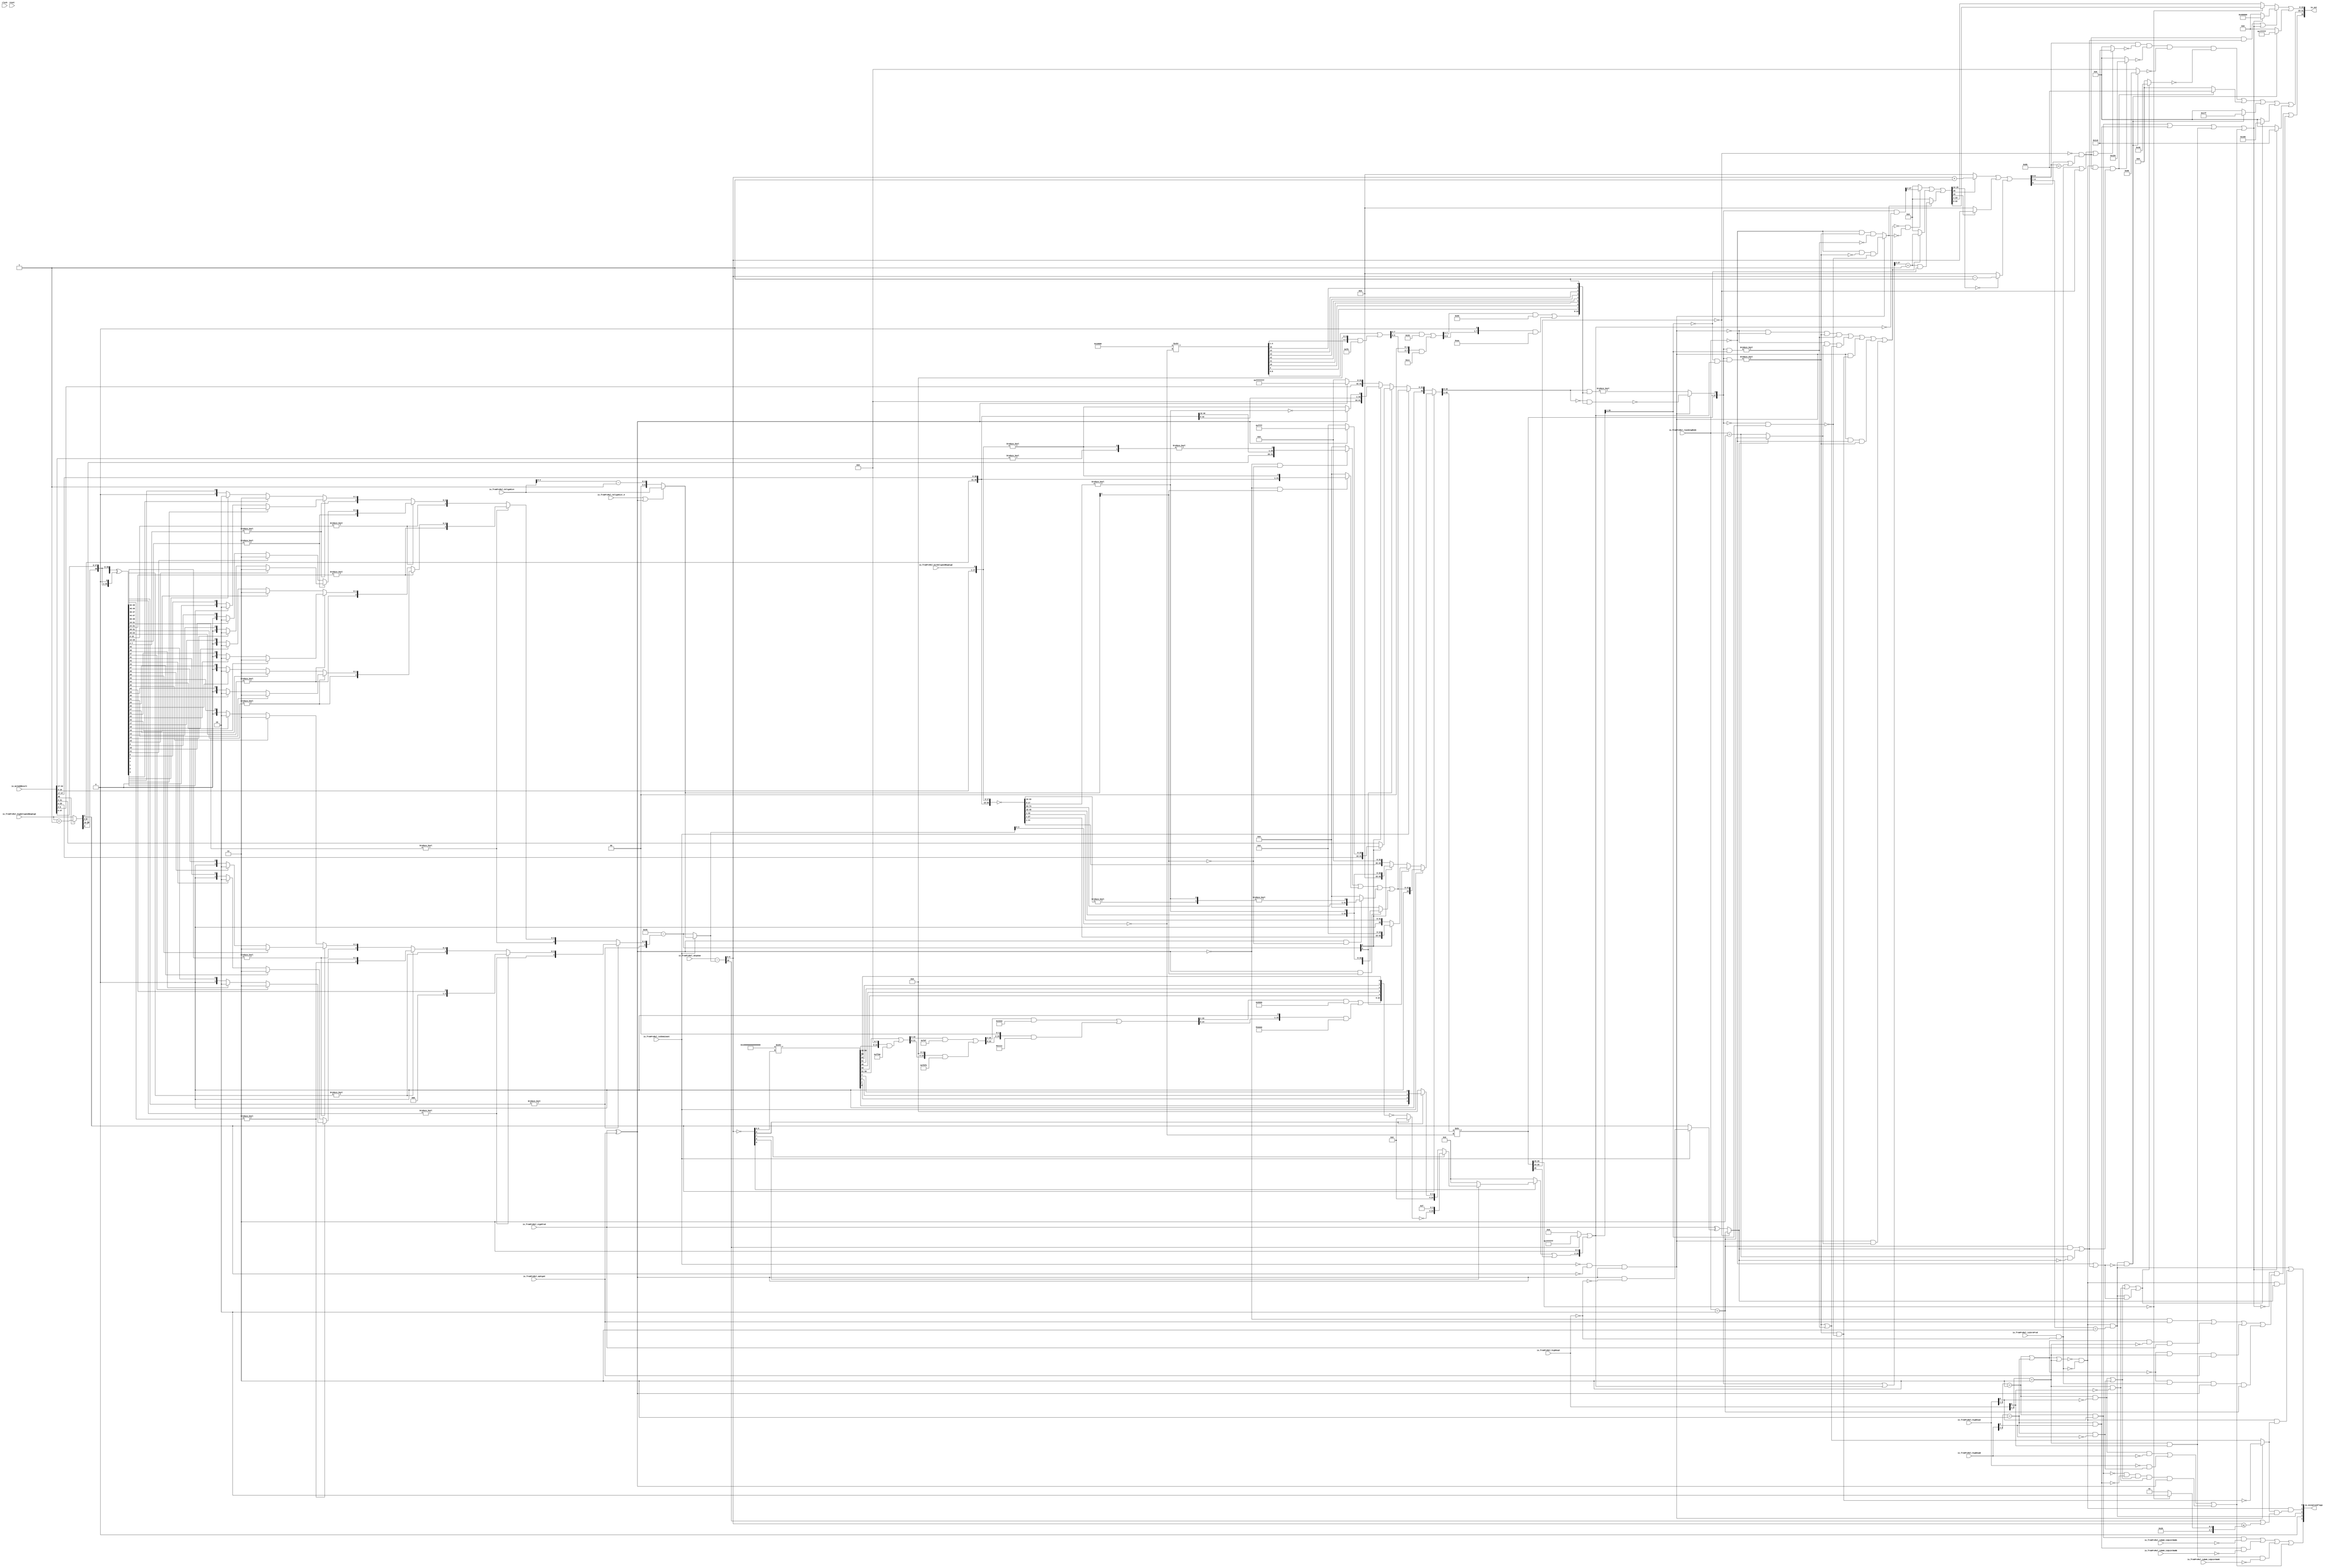
module MulAddRecFN_postMul_3(
  input   clock,
  input   reset,
  input  [2:0] io_fromPreMul_highExpA,
  input   io_fromPreMul_isNaN_isQuietNaNA,
  input  [2:0] io_fromPreMul_highExpB,
  input   io_fromPreMul_isNaN_isQuietNaNB,
  input   io_fromPreMul_signProd,
  input   io_fromPreMul_isZeroProd,
  input   io_fromPreMul_opSignC,
  input  [2:0] io_fromPreMul_highExpC,
  input   io_fromPreMul_isNaN_isQuietNaNC,
  input   io_fromPreMul_isCDominant,
  input   io_fromPreMul_CAlignDist_0,
  input  [6:0] io_fromPreMul_CAlignDist,
  input   io_fromPreMul_bit0AlignedNegSigC,
  input  [25:0] io_fromPreMul_highAlignedNegSigC,
  input  [10:0] io_fromPreMul_sExpSum,
  input  [1:0] io_fromPreMul_roundingMode,
  input  [48:0] io_mulAddResult,
  output [32:0] io_out,
  output [4:0] io_exceptionFlags
);
  wire  isZeroA;
  wire [1:0] _T_43;
  wire  isSpecialA;
  wire  _T_45;
  wire  _T_47;
  wire  isInfA;
  wire  isNaNA;
  wire  _T_50;
  wire  isSigNaNA;
  wire  isZeroB;
  wire [1:0] _T_52;
  wire  isSpecialB;
  wire  _T_54;
  wire  _T_56;
  wire  isInfB;
  wire  isNaNB;
  wire  _T_59;
  wire  isSigNaNB;
  wire  isZeroC;
  wire [1:0] _T_61;
  wire  isSpecialC;
  wire  _T_63;
  wire  _T_65;
  wire  isInfC;
  wire  isNaNC;
  wire  _T_68;
  wire  isSigNaNC;
  wire  roundingMode_nearest_even;
  wire  roundingMode_min;
  wire  roundingMode_max;
  wire  doSubMags;
  wire  _T_71;
  wire [26:0] _T_73;
  wire [25:0] _T_74;
  wire [25:0] _T_75;
  wire [47:0] _T_76;
  wire [73:0] _T_77;
  wire [74:0] sigSum;
  wire [49:0] _T_79;
  wire [50:0] _GEN_0;
  wire [50:0] _T_82;
  wire [50:0] _T_83;
  wire [49:0] _T_85;
  wire [17:0] _T_86;
  wire [31:0] _T_87;
  wire  _T_89;
  wire [1:0] _T_90;
  wire [15:0] _T_91;
  wire  _T_93;
  wire  _T_94;
  wire [7:0] _T_95;
  wire [7:0] _T_96;
  wire  _T_98;
  wire [3:0] _T_99;
  wire [3:0] _T_100;
  wire  _T_102;
  wire  _T_103;
  wire  _T_105;
  wire  _T_107;
  wire [1:0] _T_109;
  wire [1:0] _T_110;
  wire  _T_111;
  wire  _T_113;
  wire  _T_115;
  wire [1:0] _T_117;
  wire [1:0] _T_118;
  wire [1:0] _T_119;
  wire [2:0] _T_120;
  wire [3:0] _T_121;
  wire [3:0] _T_122;
  wire  _T_124;
  wire  _T_125;
  wire  _T_127;
  wire  _T_129;
  wire [1:0] _T_131;
  wire [1:0] _T_132;
  wire  _T_133;
  wire  _T_135;
  wire  _T_137;
  wire [1:0] _T_139;
  wire [1:0] _T_140;
  wire [1:0] _T_141;
  wire [2:0] _T_142;
  wire [2:0] _T_143;
  wire [3:0] _T_144;
  wire [3:0] _T_146;
  wire [4:0] _T_147;
  wire [15:0] _T_148;
  wire [15:0] _T_149;
  wire  _T_151;
  wire [7:0] _T_152;
  wire [7:0] _T_153;
  wire  _T_155;
  wire [3:0] _T_156;
  wire [3:0] _T_157;
  wire  _T_159;
  wire  _T_160;
  wire  _T_162;
  wire  _T_164;
  wire [1:0] _T_166;
  wire [1:0] _T_167;
  wire  _T_168;
  wire  _T_170;
  wire  _T_172;
  wire [1:0] _T_174;
  wire [1:0] _T_175;
  wire [1:0] _T_176;
  wire [2:0] _T_177;
  wire [3:0] _T_178;
  wire [3:0] _T_179;
  wire  _T_181;
  wire  _T_182;
  wire  _T_184;
  wire  _T_186;
  wire [1:0] _T_188;
  wire [1:0] _T_189;
  wire  _T_190;
  wire  _T_192;
  wire  _T_194;
  wire [1:0] _T_196;
  wire [1:0] _T_197;
  wire [1:0] _T_198;
  wire [2:0] _T_199;
  wire [2:0] _T_200;
  wire [3:0] _T_201;
  wire [7:0] _T_202;
  wire [7:0] _T_203;
  wire  _T_205;
  wire [3:0] _T_206;
  wire [3:0] _T_207;
  wire  _T_209;
  wire  _T_210;
  wire  _T_212;
  wire  _T_214;
  wire [1:0] _T_216;
  wire [1:0] _T_217;
  wire  _T_218;
  wire  _T_220;
  wire  _T_222;
  wire [1:0] _T_224;
  wire [1:0] _T_225;
  wire [1:0] _T_226;
  wire [2:0] _T_227;
  wire [3:0] _T_228;
  wire [3:0] _T_229;
  wire  _T_231;
  wire  _T_232;
  wire  _T_234;
  wire  _T_236;
  wire [1:0] _T_238;
  wire [1:0] _T_239;
  wire  _T_240;
  wire  _T_242;
  wire  _T_244;
  wire [1:0] _T_246;
  wire [1:0] _T_247;
  wire [1:0] _T_248;
  wire [2:0] _T_249;
  wire [2:0] _T_250;
  wire [3:0] _T_251;
  wire [3:0] _T_252;
  wire [4:0] _T_253;
  wire [4:0] _T_254;
  wire [5:0] _T_255;
  wire [6:0] _GEN_2;
  wire [7:0] _T_256;
  wire [6:0] estNormNeg_dist;
  wire [15:0] _T_257;
  wire  _T_259;
  wire [17:0] _T_260;
  wire  _T_262;
  wire [1:0] firstReduceSigSum;
  wire [74:0] complSigSum;
  wire [15:0] _T_263;
  wire  _T_265;
  wire [17:0] _T_266;
  wire  _T_268;
  wire [1:0] firstReduceComplSigSum;
  wire  _T_269;
  wire [7:0] _T_271;
  wire [6:0] _T_272;
  wire [4:0] _T_273;
  wire [6:0] CDom_estNormDist;
  wire  _T_275;
  wire  _T_276;
  wire  _T_278;
  wire  _T_279;
  wire [40:0] _T_280;
  wire  _T_282;
  wire [41:0] _T_283;
  wire [41:0] _T_285;
  wire  _T_289;
  wire [40:0] _T_290;
  wire  _T_291;
  wire [41:0] _T_292;
  wire [41:0] _T_294;
  wire [41:0] _T_295;
  wire  _T_299;
  wire [40:0] _T_300;
  wire  _T_302;
  wire [41:0] _T_303;
  wire [41:0] _T_305;
  wire [41:0] _T_306;
  wire  _T_308;
  wire [40:0] _T_309;
  wire  _T_310;
  wire [41:0] _T_311;
  wire [41:0] _T_313;
  wire [41:0] CDom_firstNormAbsSigSum;
  wire [32:0] _T_314;
  wire  _T_317;
  wire  _T_319;
  wire [33:0] _T_320;
  wire [41:0] _T_321;
  wire  _T_322;
  wire  _T_323;
  wire [25:0] _T_324;
  wire [15:0] _T_328;
  wire [41:0] _T_329;
  wire [41:0] _T_330;
  wire [9:0] _T_332;
  wire [31:0] _T_336;
  wire [41:0] _T_337;
  wire [41:0] _T_338;
  wire [41:0] notCDom_pos_firstNormAbsSigSum;
  wire [31:0] _T_339;
  wire [32:0] _T_341;
  wire [41:0] _T_342;
  wire [26:0] _T_345;
  wire [42:0] _GEN_3;
  wire [42:0] _T_346;
  wire [42:0] _T_347;
  wire [10:0] _T_349;
  wire [42:0] _GEN_4;
  wire [42:0] _T_350;
  wire [42:0] _T_351;
  wire [42:0] notCDom_neg_cFirstNormAbsSigSum;
  wire  notCDom_signSigSum;
  wire  _T_353;
  wire  _T_354;
  wire  doNegSignSum;
  wire [6:0] estNormDist;
  wire [42:0] _T_356;
  wire [41:0] _T_357;
  wire [42:0] cFirstNormAbsSigSum;
  wire  _T_359;
  wire  _T_361;
  wire  _T_362;
  wire  doIncrSig;
  wire [3:0] estNormDist_5;
  wire [3:0] normTo2ShiftDist;
  wire [16:0] _T_364;
  wire [14:0] _T_365;
  wire [7:0] _T_366;
  wire [3:0] _T_371;
  wire [7:0] _T_372;
  wire [3:0] _T_373;
  wire [7:0] _GEN_5;
  wire [7:0] _T_374;
  wire [7:0] _T_376;
  wire [7:0] _T_377;
  wire [5:0] _T_381;
  wire [7:0] _GEN_6;
  wire [7:0] _T_382;
  wire [5:0] _T_383;
  wire [7:0] _GEN_7;
  wire [7:0] _T_384;
  wire [7:0] _T_386;
  wire [7:0] _T_387;
  wire [6:0] _T_391;
  wire [7:0] _GEN_8;
  wire [7:0] _T_392;
  wire [6:0] _T_393;
  wire [7:0] _GEN_9;
  wire [7:0] _T_394;
  wire [7:0] _T_396;
  wire [7:0] _T_397;
  wire [6:0] _T_398;
  wire [3:0] _T_399;
  wire [1:0] _T_400;
  wire  _T_401;
  wire  _T_402;
  wire [1:0] _T_403;
  wire [1:0] _T_404;
  wire  _T_405;
  wire  _T_406;
  wire [1:0] _T_407;
  wire [3:0] _T_408;
  wire [2:0] _T_409;
  wire [1:0] _T_410;
  wire  _T_411;
  wire  _T_412;
  wire [1:0] _T_413;
  wire  _T_414;
  wire [2:0] _T_415;
  wire [6:0] _T_416;
  wire [14:0] _T_417;
  wire [15:0] absSigSumExtraMask;
  wire [41:0] _T_419;
  wire [41:0] _T_420;
  wire [15:0] _T_421;
  wire [15:0] _T_422;
  wire [15:0] _T_423;
  wire  _T_425;
  wire [15:0] _T_427;
  wire  _T_429;
  wire  _T_430;
  wire [42:0] _T_431;
  wire [27:0] sigX3;
  wire [1:0] _T_432;
  wire  sigX3Shift1;
  wire [10:0] _GEN_10;
  wire [11:0] _T_434;
  wire [10:0] sExpX3;
  wire [2:0] _T_435;
  wire  isZeroY;
  wire  _T_437;
  wire  signY;
  wire [9:0] sExpX3_13;
  wire  _T_438;
  wire [26:0] _T_442;
  wire [9:0] _T_443;
  wire  _T_444;
  wire [8:0] _T_445;
  wire  _T_446;
  wire [7:0] _T_447;
  wire  _T_448;
  wire [6:0] _T_449;
  wire  _T_450;
  wire [5:0] _T_451;
  wire [64:0] _T_454;
  wire [20:0] _T_455;
  wire [15:0] _T_456;
  wire [7:0] _T_461;
  wire [15:0] _T_462;
  wire [7:0] _T_463;
  wire [15:0] _GEN_11;
  wire [15:0] _T_464;
  wire [15:0] _T_466;
  wire [15:0] _T_467;
  wire [11:0] _T_471;
  wire [15:0] _GEN_12;
  wire [15:0] _T_472;
  wire [11:0] _T_473;
  wire [15:0] _GEN_13;
  wire [15:0] _T_474;
  wire [15:0] _T_476;
  wire [15:0] _T_477;
  wire [13:0] _T_481;
  wire [15:0] _GEN_14;
  wire [15:0] _T_482;
  wire [13:0] _T_483;
  wire [15:0] _GEN_15;
  wire [15:0] _T_484;
  wire [15:0] _T_486;
  wire [15:0] _T_487;
  wire [14:0] _T_491;
  wire [15:0] _GEN_16;
  wire [15:0] _T_492;
  wire [14:0] _T_493;
  wire [15:0] _GEN_17;
  wire [15:0] _T_494;
  wire [15:0] _T_496;
  wire [15:0] _T_497;
  wire [4:0] _T_498;
  wire [3:0] _T_499;
  wire [1:0] _T_500;
  wire  _T_501;
  wire  _T_502;
  wire [1:0] _T_503;
  wire [1:0] _T_504;
  wire  _T_505;
  wire  _T_506;
  wire [1:0] _T_507;
  wire [3:0] _T_508;
  wire  _T_509;
  wire [4:0] _T_510;
  wire [20:0] _T_511;
  wire [20:0] _T_512;
  wire [20:0] _T_513;
  wire [20:0] _T_514;
  wire [24:0] _T_516;
  wire [3:0] _T_521;
  wire [1:0] _T_522;
  wire  _T_523;
  wire  _T_524;
  wire [1:0] _T_525;
  wire [1:0] _T_526;
  wire  _T_527;
  wire  _T_528;
  wire [1:0] _T_529;
  wire [3:0] _T_530;
  wire [3:0] _T_532;
  wire [24:0] _T_533;
  wire [24:0] _T_535;
  wire [24:0] _T_537;
  wire  _T_538;
  wire [24:0] _GEN_18;
  wire [24:0] _T_539;
  wire [26:0] _T_541;
  wire [26:0] roundMask;
  wire [25:0] _T_542;
  wire [25:0] _T_543;
  wire [26:0] _GEN_19;
  wire [26:0] roundPosMask;
  wire [27:0] _GEN_20;
  wire [27:0] _T_544;
  wire  roundPosBit;
  wire [27:0] _GEN_21;
  wire [27:0] _T_547;
  wire  anyRoundExtra;
  wire [27:0] _T_549;
  wire [27:0] _T_551;
  wire  allRoundExtra;
  wire  anyRound;
  wire  allRound;
  wire  roundDirectUp;
  wire  _T_554;
  wire  _T_555;
  wire  _T_556;
  wire  _T_557;
  wire  _T_560;
  wire  _T_561;
  wire  _T_562;
  wire  _T_563;
  wire  _T_564;
  wire  _T_565;
  wire  _T_566;
  wire  _T_567;
  wire  _T_568;
  wire  roundUp;
  wire  _T_572;
  wire  _T_573;
  wire  _T_574;
  wire  _T_575;
  wire  _T_577;
  wire  _T_578;
  wire  roundEven;
  wire  _T_580;
  wire  inexactY;
  wire [27:0] _GEN_23;
  wire [27:0] _T_581;
  wire [25:0] _T_582;
  wire [26:0] _T_584;
  wire [25:0] _T_585;
  wire  _T_587;
  wire  _T_589;
  wire  _T_590;
  wire [26:0] _T_591;
  wire [27:0] _GEN_24;
  wire [27:0] _T_592;
  wire [25:0] _T_593;
  wire [25:0] _T_595;
  wire [25:0] _T_597;
  wire [25:0] _T_598;
  wire [25:0] _T_601;
  wire [25:0] _T_603;
  wire [25:0] sigY3;
  wire  _T_604;
  wire [11:0] _T_606;
  wire [10:0] _T_607;
  wire [10:0] _T_609;
  wire  _T_610;
  wire [10:0] _T_612;
  wire [10:0] _T_613;
  wire [1:0] _T_614;
  wire  _T_616;
  wire [11:0] _T_618;
  wire [10:0] _T_619;
  wire [10:0] _T_621;
  wire [10:0] sExpY;
  wire [8:0] expY;
  wire [22:0] _T_622;
  wire [22:0] _T_623;
  wire [22:0] fractY;
  wire [2:0] _T_624;
  wire  overflowY;
  wire  _T_627;
  wire  _T_628;
  wire  _T_631;
  wire  _T_632;
  wire  totalUnderflowY;
  wire [7:0] _T_636;
  wire [9:0] _GEN_25;
  wire  _T_637;
  wire  _T_638;
  wire  underflowY;
  wire  _T_639;
  wire  _T_641;
  wire  _T_642;
  wire  roundMagUp;
  wire  overflowY_roundMagUp;
  wire  mulSpecial;
  wire  addSpecial;
  wire  notSpecial_addZeros;
  wire  _T_644;
  wire  _T_646;
  wire  commonCase;
  wire  _T_647;
  wire  _T_648;
  wire  _T_649;
  wire  _T_651;
  wire  _T_653;
  wire  _T_654;
  wire  _T_655;
  wire  _T_656;
  wire  _T_657;
  wire  _T_658;
  wire  notSigNaN_invalid;
  wire  _T_659;
  wire  _T_660;
  wire  invalid;
  wire  overflow;
  wire  underflow;
  wire  _T_661;
  wire  inexact;
  wire  _T_662;
  wire  notSpecial_isZeroOut;
  wire  _T_663;
  wire  pegMinFiniteMagOut;
  wire  _T_665;
  wire  pegMaxFiniteMagOut;
  wire  _T_667;
  wire  _T_668;
  wire  notNaN_isInfOut;
  wire  _T_669;
  wire  _T_670;
  wire  isNaNOut;
  wire  _T_673;
  wire  _T_675;
  wire  _T_676;
  wire  _T_677;
  wire  _T_678;
  wire  _T_680;
  wire  _T_681;
  wire  _T_682;
  wire  _T_683;
  wire  _T_686;
  wire  _T_687;
  wire  _T_688;
  wire  uncommonCaseSignOut;
  wire  _T_690;
  wire  _T_691;
  wire  _T_692;
  wire  signOut;
  wire [8:0] _T_695;
  wire [8:0] _T_696;
  wire [8:0] _T_697;
  wire [8:0] _T_701;
  wire [8:0] _T_702;
  wire [8:0] _T_703;
  wire [8:0] _T_706;
  wire [8:0] _T_707;
  wire [8:0] _T_708;
  wire [8:0] _T_711;
  wire [8:0] _T_712;
  wire [8:0] _T_713;
  wire [8:0] _T_716;
  wire [8:0] _T_717;
  wire [8:0] _T_720;
  wire [8:0] _T_721;
  wire [8:0] _T_724;
  wire [8:0] _T_725;
  wire [8:0] _T_728;
  wire [8:0] expOut;
  wire  _T_729;
  wire  _T_730;
  wire [22:0] _T_734;
  wire [22:0] _T_735;
  wire [22:0] _T_739;
  wire [22:0] fractOut;
  wire [9:0] _T_740;
  wire [32:0] _T_741;
  wire [1:0] _T_743;
  wire [1:0] _T_744;
  wire [2:0] _T_745;
  wire [4:0] _T_746;
  assign io_out = _T_741;
  assign io_exceptionFlags = _T_746;
  assign isZeroA = io_fromPreMul_highExpA == 3'h0;
  assign _T_43 = io_fromPreMul_highExpA[2:1];
  assign isSpecialA = _T_43 == 2'h3;
  assign _T_45 = io_fromPreMul_highExpA[0];
  assign _T_47 = _T_45 == 1'h0;
  assign isInfA = isSpecialA & _T_47;
  assign isNaNA = isSpecialA & _T_45;
  assign _T_50 = io_fromPreMul_isNaN_isQuietNaNA == 1'h0;
  assign isSigNaNA = isNaNA & _T_50;
  assign isZeroB = io_fromPreMul_highExpB == 3'h0;
  assign _T_52 = io_fromPreMul_highExpB[2:1];
  assign isSpecialB = _T_52 == 2'h3;
  assign _T_54 = io_fromPreMul_highExpB[0];
  assign _T_56 = _T_54 == 1'h0;
  assign isInfB = isSpecialB & _T_56;
  assign isNaNB = isSpecialB & _T_54;
  assign _T_59 = io_fromPreMul_isNaN_isQuietNaNB == 1'h0;
  assign isSigNaNB = isNaNB & _T_59;
  assign isZeroC = io_fromPreMul_highExpC == 3'h0;
  assign _T_61 = io_fromPreMul_highExpC[2:1];
  assign isSpecialC = _T_61 == 2'h3;
  assign _T_63 = io_fromPreMul_highExpC[0];
  assign _T_65 = _T_63 == 1'h0;
  assign isInfC = isSpecialC & _T_65;
  assign isNaNC = isSpecialC & _T_63;
  assign _T_68 = io_fromPreMul_isNaN_isQuietNaNC == 1'h0;
  assign isSigNaNC = isNaNC & _T_68;
  assign roundingMode_nearest_even = io_fromPreMul_roundingMode == 2'h0;
  assign roundingMode_min = io_fromPreMul_roundingMode == 2'h2;
  assign roundingMode_max = io_fromPreMul_roundingMode == 2'h3;
  assign doSubMags = io_fromPreMul_signProd ^ io_fromPreMul_opSignC;
  assign _T_71 = io_mulAddResult[48];
  assign _T_73 = io_fromPreMul_highAlignedNegSigC + 26'h1;
  assign _T_74 = _T_73[25:0];
  assign _T_75 = _T_71 ? _T_74 : io_fromPreMul_highAlignedNegSigC;
  assign _T_76 = io_mulAddResult[47:0];
  assign _T_77 = {_T_75,_T_76};
  assign sigSum = {_T_77,io_fromPreMul_bit0AlignedNegSigC};
  assign _T_79 = sigSum[50:1];
  assign _GEN_0 = {{1'd0}, _T_79};
  assign _T_82 = _GEN_0 << 1;
  assign _T_83 = _GEN_0 ^ _T_82;
  assign _T_85 = _T_83[49:0];
  assign _T_86 = _T_85[49:32];
  assign _T_87 = _T_85[31:0];
  assign _T_89 = _T_86 != 18'h0;
  assign _T_90 = _T_86[17:16];
  assign _T_91 = _T_86[15:0];
  assign _T_93 = _T_90 != 2'h0;
  assign _T_94 = _T_90[1];
  assign _T_95 = _T_91[15:8];
  assign _T_96 = _T_91[7:0];
  assign _T_98 = _T_95 != 8'h0;
  assign _T_99 = _T_95[7:4];
  assign _T_100 = _T_95[3:0];
  assign _T_102 = _T_99 != 4'h0;
  assign _T_103 = _T_99[3];
  assign _T_105 = _T_99[2];
  assign _T_107 = _T_99[1];
  assign _T_109 = _T_105 ? 2'h2 : {{1'd0}, _T_107};
  assign _T_110 = _T_103 ? 2'h3 : _T_109;
  assign _T_111 = _T_100[3];
  assign _T_113 = _T_100[2];
  assign _T_115 = _T_100[1];
  assign _T_117 = _T_113 ? 2'h2 : {{1'd0}, _T_115};
  assign _T_118 = _T_111 ? 2'h3 : _T_117;
  assign _T_119 = _T_102 ? _T_110 : _T_118;
  assign _T_120 = {_T_102,_T_119};
  assign _T_121 = _T_96[7:4];
  assign _T_122 = _T_96[3:0];
  assign _T_124 = _T_121 != 4'h0;
  assign _T_125 = _T_121[3];
  assign _T_127 = _T_121[2];
  assign _T_129 = _T_121[1];
  assign _T_131 = _T_127 ? 2'h2 : {{1'd0}, _T_129};
  assign _T_132 = _T_125 ? 2'h3 : _T_131;
  assign _T_133 = _T_122[3];
  assign _T_135 = _T_122[2];
  assign _T_137 = _T_122[1];
  assign _T_139 = _T_135 ? 2'h2 : {{1'd0}, _T_137};
  assign _T_140 = _T_133 ? 2'h3 : _T_139;
  assign _T_141 = _T_124 ? _T_132 : _T_140;
  assign _T_142 = {_T_124,_T_141};
  assign _T_143 = _T_98 ? _T_120 : _T_142;
  assign _T_144 = {_T_98,_T_143};
  assign _T_146 = _T_93 ? {{3'd0}, _T_94} : _T_144;
  assign _T_147 = {_T_93,_T_146};
  assign _T_148 = _T_87[31:16];
  assign _T_149 = _T_87[15:0];
  assign _T_151 = _T_148 != 16'h0;
  assign _T_152 = _T_148[15:8];
  assign _T_153 = _T_148[7:0];
  assign _T_155 = _T_152 != 8'h0;
  assign _T_156 = _T_152[7:4];
  assign _T_157 = _T_152[3:0];
  assign _T_159 = _T_156 != 4'h0;
  assign _T_160 = _T_156[3];
  assign _T_162 = _T_156[2];
  assign _T_164 = _T_156[1];
  assign _T_166 = _T_162 ? 2'h2 : {{1'd0}, _T_164};
  assign _T_167 = _T_160 ? 2'h3 : _T_166;
  assign _T_168 = _T_157[3];
  assign _T_170 = _T_157[2];
  assign _T_172 = _T_157[1];
  assign _T_174 = _T_170 ? 2'h2 : {{1'd0}, _T_172};
  assign _T_175 = _T_168 ? 2'h3 : _T_174;
  assign _T_176 = _T_159 ? _T_167 : _T_175;
  assign _T_177 = {_T_159,_T_176};
  assign _T_178 = _T_153[7:4];
  assign _T_179 = _T_153[3:0];
  assign _T_181 = _T_178 != 4'h0;
  assign _T_182 = _T_178[3];
  assign _T_184 = _T_178[2];
  assign _T_186 = _T_178[1];
  assign _T_188 = _T_184 ? 2'h2 : {{1'd0}, _T_186};
  assign _T_189 = _T_182 ? 2'h3 : _T_188;
  assign _T_190 = _T_179[3];
  assign _T_192 = _T_179[2];
  assign _T_194 = _T_179[1];
  assign _T_196 = _T_192 ? 2'h2 : {{1'd0}, _T_194};
  assign _T_197 = _T_190 ? 2'h3 : _T_196;
  assign _T_198 = _T_181 ? _T_189 : _T_197;
  assign _T_199 = {_T_181,_T_198};
  assign _T_200 = _T_155 ? _T_177 : _T_199;
  assign _T_201 = {_T_155,_T_200};
  assign _T_202 = _T_149[15:8];
  assign _T_203 = _T_149[7:0];
  assign _T_205 = _T_202 != 8'h0;
  assign _T_206 = _T_202[7:4];
  assign _T_207 = _T_202[3:0];
  assign _T_209 = _T_206 != 4'h0;
  assign _T_210 = _T_206[3];
  assign _T_212 = _T_206[2];
  assign _T_214 = _T_206[1];
  assign _T_216 = _T_212 ? 2'h2 : {{1'd0}, _T_214};
  assign _T_217 = _T_210 ? 2'h3 : _T_216;
  assign _T_218 = _T_207[3];
  assign _T_220 = _T_207[2];
  assign _T_222 = _T_207[1];
  assign _T_224 = _T_220 ? 2'h2 : {{1'd0}, _T_222};
  assign _T_225 = _T_218 ? 2'h3 : _T_224;
  assign _T_226 = _T_209 ? _T_217 : _T_225;
  assign _T_227 = {_T_209,_T_226};
  assign _T_228 = _T_203[7:4];
  assign _T_229 = _T_203[3:0];
  assign _T_231 = _T_228 != 4'h0;
  assign _T_232 = _T_228[3];
  assign _T_234 = _T_228[2];
  assign _T_236 = _T_228[1];
  assign _T_238 = _T_234 ? 2'h2 : {{1'd0}, _T_236};
  assign _T_239 = _T_232 ? 2'h3 : _T_238;
  assign _T_240 = _T_229[3];
  assign _T_242 = _T_229[2];
  assign _T_244 = _T_229[1];
  assign _T_246 = _T_242 ? 2'h2 : {{1'd0}, _T_244};
  assign _T_247 = _T_240 ? 2'h3 : _T_246;
  assign _T_248 = _T_231 ? _T_239 : _T_247;
  assign _T_249 = {_T_231,_T_248};
  assign _T_250 = _T_205 ? _T_227 : _T_249;
  assign _T_251 = {_T_205,_T_250};
  assign _T_252 = _T_151 ? _T_201 : _T_251;
  assign _T_253 = {_T_151,_T_252};
  assign _T_254 = _T_89 ? _T_147 : _T_253;
  assign _T_255 = {_T_89,_T_254};
  assign _GEN_2 = {{1'd0}, _T_255};
  assign _T_256 = 7'h49 - _GEN_2;
  assign estNormNeg_dist = _T_256[6:0];
  assign _T_257 = sigSum[33:18];
  assign _T_259 = _T_257 != 16'h0;
  assign _T_260 = sigSum[17:0];
  assign _T_262 = _T_260 != 18'h0;
  assign firstReduceSigSum = {_T_259,_T_262};
  assign complSigSum = ~ sigSum;
  assign _T_263 = complSigSum[33:18];
  assign _T_265 = _T_263 != 16'h0;
  assign _T_266 = complSigSum[17:0];
  assign _T_268 = _T_266 != 18'h0;
  assign firstReduceComplSigSum = {_T_265,_T_268};
  assign _T_269 = io_fromPreMul_CAlignDist_0 | doSubMags;
  assign _T_271 = io_fromPreMul_CAlignDist - 7'h1;
  assign _T_272 = _T_271[6:0];
  assign _T_273 = _T_272[4:0];
  assign CDom_estNormDist = _T_269 ? io_fromPreMul_CAlignDist : {{2'd0}, _T_273};
  assign _T_275 = doSubMags == 1'h0;
  assign _T_276 = CDom_estNormDist[4];
  assign _T_278 = _T_276 == 1'h0;
  assign _T_279 = _T_275 & _T_278;
  assign _T_280 = sigSum[74:34];
  assign _T_282 = firstReduceSigSum != 2'h0;
  assign _T_283 = {_T_280,_T_282};
  assign _T_285 = _T_279 ? _T_283 : 42'h0;
  assign _T_289 = _T_275 & _T_276;
  assign _T_290 = sigSum[58:18];
  assign _T_291 = firstReduceSigSum[0];
  assign _T_292 = {_T_290,_T_291};
  assign _T_294 = _T_289 ? _T_292 : 42'h0;
  assign _T_295 = _T_285 | _T_294;
  assign _T_299 = doSubMags & _T_278;
  assign _T_300 = complSigSum[74:34];
  assign _T_302 = firstReduceComplSigSum != 2'h0;
  assign _T_303 = {_T_300,_T_302};
  assign _T_305 = _T_299 ? _T_303 : 42'h0;
  assign _T_306 = _T_295 | _T_305;
  assign _T_308 = doSubMags & _T_276;
  assign _T_309 = complSigSum[58:18];
  assign _T_310 = firstReduceComplSigSum[0];
  assign _T_311 = {_T_309,_T_310};
  assign _T_313 = _T_308 ? _T_311 : 42'h0;
  assign CDom_firstNormAbsSigSum = _T_306 | _T_313;
  assign _T_314 = sigSum[50:18];
  assign _T_317 = _T_310 == 1'h0;
  assign _T_319 = doSubMags ? _T_317 : _T_291;
  assign _T_320 = {_T_314,_T_319};
  assign _T_321 = sigSum[42:1];
  assign _T_322 = estNormNeg_dist[5];
  assign _T_323 = estNormNeg_dist[4];
  assign _T_324 = sigSum[26:1];
  assign _T_328 = doSubMags ? 16'hffff : 16'h0;
  assign _T_329 = {_T_324,_T_328};
  assign _T_330 = _T_323 ? _T_329 : _T_321;
  assign _T_332 = sigSum[10:1];
  assign _T_336 = doSubMags ? 32'hffffffff : 32'h0;
  assign _T_337 = {_T_332,_T_336};
  assign _T_338 = _T_323 ? {{8'd0}, _T_320} : _T_337;
  assign notCDom_pos_firstNormAbsSigSum = _T_322 ? _T_330 : _T_338;
  assign _T_339 = complSigSum[49:18];
  assign _T_341 = {_T_339,_T_310};
  assign _T_342 = complSigSum[42:1];
  assign _T_345 = complSigSum[27:1];
  assign _GEN_3 = {{16'd0}, _T_345};
  assign _T_346 = _GEN_3 << 16;
  assign _T_347 = _T_323 ? _T_346 : {{1'd0}, _T_342};
  assign _T_349 = complSigSum[11:1];
  assign _GEN_4 = {{32'd0}, _T_349};
  assign _T_350 = _GEN_4 << 32;
  assign _T_351 = _T_323 ? {{10'd0}, _T_341} : _T_350;
  assign notCDom_neg_cFirstNormAbsSigSum = _T_322 ? _T_347 : _T_351;
  assign notCDom_signSigSum = sigSum[51];
  assign _T_353 = isZeroC == 1'h0;
  assign _T_354 = doSubMags & _T_353;
  assign doNegSignSum = io_fromPreMul_isCDominant ? _T_354 : notCDom_signSigSum;
  assign estNormDist = io_fromPreMul_isCDominant ? CDom_estNormDist : estNormNeg_dist;
  assign _T_356 = io_fromPreMul_isCDominant ? {{1'd0}, CDom_firstNormAbsSigSum} : notCDom_neg_cFirstNormAbsSigSum;
  assign _T_357 = io_fromPreMul_isCDominant ? CDom_firstNormAbsSigSum : notCDom_pos_firstNormAbsSigSum;
  assign cFirstNormAbsSigSum = notCDom_signSigSum ? _T_356 : {{1'd0}, _T_357};
  assign _T_359 = io_fromPreMul_isCDominant == 1'h0;
  assign _T_361 = notCDom_signSigSum == 1'h0;
  assign _T_362 = _T_359 & _T_361;
  assign doIncrSig = _T_362 & doSubMags;
  assign estNormDist_5 = estNormDist[3:0];
  assign normTo2ShiftDist = ~ estNormDist_5;
  assign _T_364 = $signed(17'sh10000) >>> normTo2ShiftDist;
  assign _T_365 = _T_364[15:1];
  assign _T_366 = _T_365[7:0];
  assign _T_371 = _T_366[7:4];
  assign _T_372 = {{4'd0}, _T_371};
  assign _T_373 = _T_366[3:0];
  assign _GEN_5 = {{4'd0}, _T_373};
  assign _T_374 = _GEN_5 << 4;
  assign _T_376 = _T_374 & 8'hf0;
  assign _T_377 = _T_372 | _T_376;
  assign _T_381 = _T_377[7:2];
  assign _GEN_6 = {{2'd0}, _T_381};
  assign _T_382 = _GEN_6 & 8'h33;
  assign _T_383 = _T_377[5:0];
  assign _GEN_7 = {{2'd0}, _T_383};
  assign _T_384 = _GEN_7 << 2;
  assign _T_386 = _T_384 & 8'hcc;
  assign _T_387 = _T_382 | _T_386;
  assign _T_391 = _T_387[7:1];
  assign _GEN_8 = {{1'd0}, _T_391};
  assign _T_392 = _GEN_8 & 8'h55;
  assign _T_393 = _T_387[6:0];
  assign _GEN_9 = {{1'd0}, _T_393};
  assign _T_394 = _GEN_9 << 1;
  assign _T_396 = _T_394 & 8'haa;
  assign _T_397 = _T_392 | _T_396;
  assign _T_398 = _T_365[14:8];
  assign _T_399 = _T_398[3:0];
  assign _T_400 = _T_399[1:0];
  assign _T_401 = _T_400[0];
  assign _T_402 = _T_400[1];
  assign _T_403 = {_T_401,_T_402};
  assign _T_404 = _T_399[3:2];
  assign _T_405 = _T_404[0];
  assign _T_406 = _T_404[1];
  assign _T_407 = {_T_405,_T_406};
  assign _T_408 = {_T_403,_T_407};
  assign _T_409 = _T_398[6:4];
  assign _T_410 = _T_409[1:0];
  assign _T_411 = _T_410[0];
  assign _T_412 = _T_410[1];
  assign _T_413 = {_T_411,_T_412};
  assign _T_414 = _T_409[2];
  assign _T_415 = {_T_413,_T_414};
  assign _T_416 = {_T_408,_T_415};
  assign _T_417 = {_T_397,_T_416};
  assign absSigSumExtraMask = {_T_417,1'h1};
  assign _T_419 = cFirstNormAbsSigSum[42:1];
  assign _T_420 = _T_419 >> normTo2ShiftDist;
  assign _T_421 = cFirstNormAbsSigSum[15:0];
  assign _T_422 = ~ _T_421;
  assign _T_423 = _T_422 & absSigSumExtraMask;
  assign _T_425 = _T_423 == 16'h0;
  assign _T_427 = _T_421 & absSigSumExtraMask;
  assign _T_429 = _T_427 != 16'h0;
  assign _T_430 = doIncrSig ? _T_425 : _T_429;
  assign _T_431 = {_T_420,_T_430};
  assign sigX3 = _T_431[27:0];
  assign _T_432 = sigX3[27:26];
  assign sigX3Shift1 = _T_432 == 2'h0;
  assign _GEN_10 = {{4'd0}, estNormDist};
  assign _T_434 = io_fromPreMul_sExpSum - _GEN_10;
  assign sExpX3 = _T_434[10:0];
  assign _T_435 = sigX3[27:25];
  assign isZeroY = _T_435 == 3'h0;
  assign _T_437 = io_fromPreMul_signProd ^ doNegSignSum;
  assign signY = isZeroY ? roundingMode_min : _T_437;
  assign sExpX3_13 = sExpX3[9:0];
  assign _T_438 = sExpX3[10];
  assign _T_442 = _T_438 ? 27'h7ffffff : 27'h0;
  assign _T_443 = ~ sExpX3_13;
  assign _T_444 = _T_443[9];
  assign _T_445 = _T_443[8:0];
  assign _T_446 = _T_445[8];
  assign _T_447 = _T_445[7:0];
  assign _T_448 = _T_447[7];
  assign _T_449 = _T_447[6:0];
  assign _T_450 = _T_449[6];
  assign _T_451 = _T_449[5:0];
  assign _T_454 = $signed(65'sh10000000000000000) >>> _T_451;
  assign _T_455 = _T_454[63:43];
  assign _T_456 = _T_455[15:0];
  assign _T_461 = _T_456[15:8];
  assign _T_462 = {{8'd0}, _T_461};
  assign _T_463 = _T_456[7:0];
  assign _GEN_11 = {{8'd0}, _T_463};
  assign _T_464 = _GEN_11 << 8;
  assign _T_466 = _T_464 & 16'hff00;
  assign _T_467 = _T_462 | _T_466;
  assign _T_471 = _T_467[15:4];
  assign _GEN_12 = {{4'd0}, _T_471};
  assign _T_472 = _GEN_12 & 16'hf0f;
  assign _T_473 = _T_467[11:0];
  assign _GEN_13 = {{4'd0}, _T_473};
  assign _T_474 = _GEN_13 << 4;
  assign _T_476 = _T_474 & 16'hf0f0;
  assign _T_477 = _T_472 | _T_476;
  assign _T_481 = _T_477[15:2];
  assign _GEN_14 = {{2'd0}, _T_481};
  assign _T_482 = _GEN_14 & 16'h3333;
  assign _T_483 = _T_477[13:0];
  assign _GEN_15 = {{2'd0}, _T_483};
  assign _T_484 = _GEN_15 << 2;
  assign _T_486 = _T_484 & 16'hcccc;
  assign _T_487 = _T_482 | _T_486;
  assign _T_491 = _T_487[15:1];
  assign _GEN_16 = {{1'd0}, _T_491};
  assign _T_492 = _GEN_16 & 16'h5555;
  assign _T_493 = _T_487[14:0];
  assign _GEN_17 = {{1'd0}, _T_493};
  assign _T_494 = _GEN_17 << 1;
  assign _T_496 = _T_494 & 16'haaaa;
  assign _T_497 = _T_492 | _T_496;
  assign _T_498 = _T_455[20:16];
  assign _T_499 = _T_498[3:0];
  assign _T_500 = _T_499[1:0];
  assign _T_501 = _T_500[0];
  assign _T_502 = _T_500[1];
  assign _T_503 = {_T_501,_T_502};
  assign _T_504 = _T_499[3:2];
  assign _T_505 = _T_504[0];
  assign _T_506 = _T_504[1];
  assign _T_507 = {_T_505,_T_506};
  assign _T_508 = {_T_503,_T_507};
  assign _T_509 = _T_498[4];
  assign _T_510 = {_T_508,_T_509};
  assign _T_511 = {_T_497,_T_510};
  assign _T_512 = ~ _T_511;
  assign _T_513 = _T_450 ? 21'h0 : _T_512;
  assign _T_514 = ~ _T_513;
  assign _T_516 = {_T_514,4'hf};
  assign _T_521 = _T_454[3:0];
  assign _T_522 = _T_521[1:0];
  assign _T_523 = _T_522[0];
  assign _T_524 = _T_522[1];
  assign _T_525 = {_T_523,_T_524};
  assign _T_526 = _T_521[3:2];
  assign _T_527 = _T_526[0];
  assign _T_528 = _T_526[1];
  assign _T_529 = {_T_527,_T_528};
  assign _T_530 = {_T_525,_T_529};
  assign _T_532 = _T_450 ? _T_530 : 4'h0;
  assign _T_533 = _T_448 ? _T_516 : {{21'd0}, _T_532};
  assign _T_535 = _T_446 ? _T_533 : 25'h0;
  assign _T_537 = _T_444 ? _T_535 : 25'h0;
  assign _T_538 = sigX3[26];
  assign _GEN_18 = {{24'd0}, _T_538};
  assign _T_539 = _T_537 | _GEN_18;
  assign _T_541 = {_T_539,2'h3};
  assign roundMask = _T_442 | _T_541;
  assign _T_542 = roundMask[26:1];
  assign _T_543 = ~ _T_542;
  assign _GEN_19 = {{1'd0}, _T_543};
  assign roundPosMask = _GEN_19 & roundMask;
  assign _GEN_20 = {{1'd0}, roundPosMask};
  assign _T_544 = sigX3 & _GEN_20;
  assign roundPosBit = _T_544 != 28'h0;
  assign _GEN_21 = {{2'd0}, _T_542};
  assign _T_547 = sigX3 & _GEN_21;
  assign anyRoundExtra = _T_547 != 28'h0;
  assign _T_549 = ~ sigX3;
  assign _T_551 = _T_549 & _GEN_21;
  assign allRoundExtra = _T_551 == 28'h0;
  assign anyRound = roundPosBit | anyRoundExtra;
  assign allRound = roundPosBit & allRoundExtra;
  assign roundDirectUp = signY ? roundingMode_min : roundingMode_max;
  assign _T_554 = doIncrSig == 1'h0;
  assign _T_555 = _T_554 & roundingMode_nearest_even;
  assign _T_556 = _T_555 & roundPosBit;
  assign _T_557 = _T_556 & anyRoundExtra;
  assign _T_560 = _T_554 & roundDirectUp;
  assign _T_561 = _T_560 & anyRound;
  assign _T_562 = _T_557 | _T_561;
  assign _T_563 = doIncrSig & allRound;
  assign _T_564 = _T_562 | _T_563;
  assign _T_565 = doIncrSig & roundingMode_nearest_even;
  assign _T_566 = _T_565 & roundPosBit;
  assign _T_567 = _T_564 | _T_566;
  assign _T_568 = doIncrSig & roundDirectUp;
  assign roundUp = _T_567 | _T_568;
  assign _T_572 = roundPosBit == 1'h0;
  assign _T_573 = roundingMode_nearest_even & _T_572;
  assign _T_574 = _T_573 & allRoundExtra;
  assign _T_575 = roundingMode_nearest_even & roundPosBit;
  assign _T_577 = anyRoundExtra == 1'h0;
  assign _T_578 = _T_575 & _T_577;
  assign roundEven = doIncrSig ? _T_574 : _T_578;
  assign _T_580 = allRound == 1'h0;
  assign inexactY = doIncrSig ? _T_580 : anyRound;
  assign _GEN_23 = {{1'd0}, roundMask};
  assign _T_581 = sigX3 | _GEN_23;
  assign _T_582 = _T_581[27:2];
  assign _T_584 = _T_582 + 26'h1;
  assign _T_585 = _T_584[25:0];
  assign _T_587 = roundUp == 1'h0;
  assign _T_589 = roundEven == 1'h0;
  assign _T_590 = _T_587 & _T_589;
  assign _T_591 = ~ roundMask;
  assign _GEN_24 = {{1'd0}, _T_591};
  assign _T_592 = sigX3 & _GEN_24;
  assign _T_593 = _T_592[27:2];
  assign _T_595 = _T_590 ? _T_593 : 26'h0;
  assign _T_597 = roundUp ? _T_585 : 26'h0;
  assign _T_598 = _T_595 | _T_597;
  assign _T_601 = _T_585 & _T_543;
  assign _T_603 = roundEven ? _T_601 : 26'h0;
  assign sigY3 = _T_598 | _T_603;
  assign _T_604 = sigY3[25];
  assign _T_606 = sExpX3 + 11'h1;
  assign _T_607 = _T_606[10:0];
  assign _T_609 = _T_604 ? _T_607 : 11'h0;
  assign _T_610 = sigY3[24];
  assign _T_612 = _T_610 ? sExpX3 : 11'h0;
  assign _T_613 = _T_609 | _T_612;
  assign _T_614 = sigY3[25:24];
  assign _T_616 = _T_614 == 2'h0;
  assign _T_618 = sExpX3 - 11'h1;
  assign _T_619 = _T_618[10:0];
  assign _T_621 = _T_616 ? _T_619 : 11'h0;
  assign sExpY = _T_613 | _T_621;
  assign expY = sExpY[8:0];
  assign _T_622 = sigY3[22:0];
  assign _T_623 = sigY3[23:1];
  assign fractY = sigX3Shift1 ? _T_622 : _T_623;
  assign _T_624 = sExpY[9:7];
  assign overflowY = _T_624 == 3'h3;
  assign _T_627 = isZeroY == 1'h0;
  assign _T_628 = sExpY[9];
  assign _T_631 = expY < 9'h6b;
  assign _T_632 = _T_628 | _T_631;
  assign totalUnderflowY = _T_627 & _T_632;
  assign _T_636 = sigX3Shift1 ? 8'h82 : 8'h81;
  assign _GEN_25 = {{2'd0}, _T_636};
  assign _T_637 = sExpX3_13 <= _GEN_25;
  assign _T_638 = _T_438 | _T_637;
  assign underflowY = inexactY & _T_638;
  assign _T_639 = roundingMode_min & signY;
  assign _T_641 = signY == 1'h0;
  assign _T_642 = roundingMode_max & _T_641;
  assign roundMagUp = _T_639 | _T_642;
  assign overflowY_roundMagUp = roundingMode_nearest_even | roundMagUp;
  assign mulSpecial = isSpecialA | isSpecialB;
  assign addSpecial = mulSpecial | isSpecialC;
  assign notSpecial_addZeros = io_fromPreMul_isZeroProd & isZeroC;
  assign _T_644 = addSpecial == 1'h0;
  assign _T_646 = notSpecial_addZeros == 1'h0;
  assign commonCase = _T_644 & _T_646;
  assign _T_647 = isInfA & isZeroB;
  assign _T_648 = isZeroA & isInfB;
  assign _T_649 = _T_647 | _T_648;
  assign _T_651 = isNaNA == 1'h0;
  assign _T_653 = isNaNB == 1'h0;
  assign _T_654 = _T_651 & _T_653;
  assign _T_655 = isInfA | isInfB;
  assign _T_656 = _T_654 & _T_655;
  assign _T_657 = _T_656 & isInfC;
  assign _T_658 = _T_657 & doSubMags;
  assign notSigNaN_invalid = _T_649 | _T_658;
  assign _T_659 = isSigNaNA | isSigNaNB;
  assign _T_660 = _T_659 | isSigNaNC;
  assign invalid = _T_660 | notSigNaN_invalid;
  assign overflow = commonCase & overflowY;
  assign underflow = commonCase & underflowY;
  assign _T_661 = commonCase & inexactY;
  assign inexact = overflow | _T_661;
  assign _T_662 = notSpecial_addZeros | isZeroY;
  assign notSpecial_isZeroOut = _T_662 | totalUnderflowY;
  assign _T_663 = commonCase & totalUnderflowY;
  assign pegMinFiniteMagOut = _T_663 & roundMagUp;
  assign _T_665 = overflowY_roundMagUp == 1'h0;
  assign pegMaxFiniteMagOut = overflow & _T_665;
  assign _T_667 = _T_655 | isInfC;
  assign _T_668 = overflow & overflowY_roundMagUp;
  assign notNaN_isInfOut = _T_667 | _T_668;
  assign _T_669 = isNaNA | isNaNB;
  assign _T_670 = _T_669 | isNaNC;
  assign isNaNOut = _T_670 | notSigNaN_invalid;
  assign _T_673 = _T_275 & io_fromPreMul_opSignC;
  assign _T_675 = isSpecialC == 1'h0;
  assign _T_676 = mulSpecial & _T_675;
  assign _T_677 = _T_676 & io_fromPreMul_signProd;
  assign _T_678 = _T_673 | _T_677;
  assign _T_680 = mulSpecial == 1'h0;
  assign _T_681 = _T_680 & isSpecialC;
  assign _T_682 = _T_681 & io_fromPreMul_opSignC;
  assign _T_683 = _T_678 | _T_682;
  assign _T_686 = _T_680 & notSpecial_addZeros;
  assign _T_687 = _T_686 & doSubMags;
  assign _T_688 = _T_687 & roundingMode_min;
  assign uncommonCaseSignOut = _T_683 | _T_688;
  assign _T_690 = isNaNOut == 1'h0;
  assign _T_691 = _T_690 & uncommonCaseSignOut;
  assign _T_692 = commonCase & signY;
  assign signOut = _T_691 | _T_692;
  assign _T_695 = notSpecial_isZeroOut ? 9'h1c0 : 9'h0;
  assign _T_696 = ~ _T_695;
  assign _T_697 = expY & _T_696;
  assign _T_701 = pegMinFiniteMagOut ? 9'h194 : 9'h0;
  assign _T_702 = ~ _T_701;
  assign _T_703 = _T_697 & _T_702;
  assign _T_706 = pegMaxFiniteMagOut ? 9'h80 : 9'h0;
  assign _T_707 = ~ _T_706;
  assign _T_708 = _T_703 & _T_707;
  assign _T_711 = notNaN_isInfOut ? 9'h40 : 9'h0;
  assign _T_712 = ~ _T_711;
  assign _T_713 = _T_708 & _T_712;
  assign _T_716 = pegMinFiniteMagOut ? 9'h6b : 9'h0;
  assign _T_717 = _T_713 | _T_716;
  assign _T_720 = pegMaxFiniteMagOut ? 9'h17f : 9'h0;
  assign _T_721 = _T_717 | _T_720;
  assign _T_724 = notNaN_isInfOut ? 9'h180 : 9'h0;
  assign _T_725 = _T_721 | _T_724;
  assign _T_728 = isNaNOut ? 9'h1c0 : 9'h0;
  assign expOut = _T_725 | _T_728;
  assign _T_729 = totalUnderflowY & roundMagUp;
  assign _T_730 = _T_729 | isNaNOut;
  assign _T_734 = isNaNOut ? 23'h400000 : 23'h0;
  assign _T_735 = _T_730 ? _T_734 : fractY;
  assign _T_739 = pegMaxFiniteMagOut ? 23'h7fffff : 23'h0;
  assign fractOut = _T_735 | _T_739;
  assign _T_740 = {signOut,expOut};
  assign _T_741 = {_T_740,fractOut};
  assign _T_743 = {underflow,inexact};
  assign _T_744 = {invalid,1'h0};
  assign _T_745 = {_T_744,overflow};
  assign _T_746 = {_T_745,_T_743};
endmodule